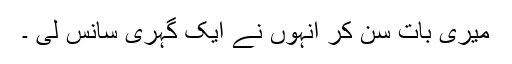
میری بات سن کر انہوں نے ایک گہری سانس لی ۔